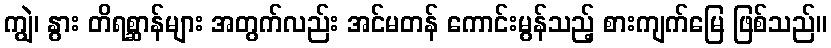
ကျွဲ၊ နွား တိရစ္ဆာန်များ အတွက်လည်း အင်မတန် ကောင်းမွန်သည့် စားကျက်မြေ ဖြစ်သည်။